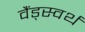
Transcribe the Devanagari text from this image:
वैंड्स्वर्थ